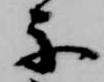
楽